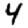
Digit: 4